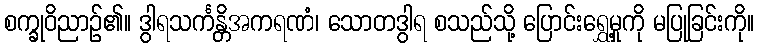
စက္ခုဝိညာဉ်၏။ ဒွါရသင်္ကန္တိအကရဏံ၊ သောတဒွါရ စသည်သို့ ပြောင်းရွှေ့မှုကို မပြုခြင်းကို။